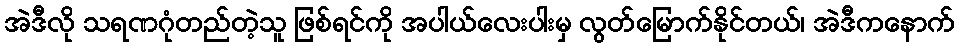
အဲဒီလို သရဏဂုံတည်တဲ့သူ ဖြစ်ရင်ကို အပါယ်လေးပါးမှ လွတ်မြောက်နိုင်တယ်၊ အဲဒီကနောက်